Elephants and their diseases
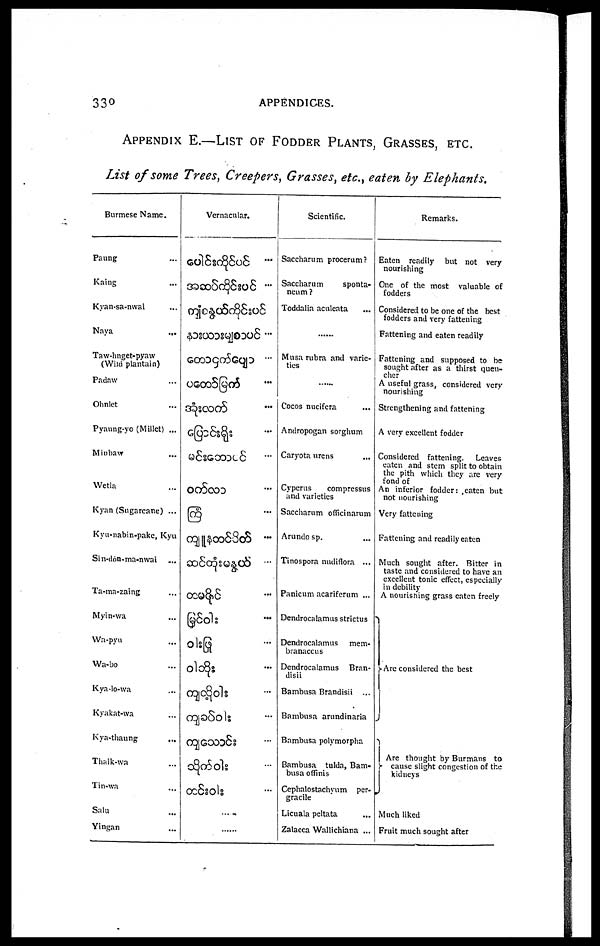
330
APPENDICES.
APPENDIX E.—LIST OF FODDER PLANTS, GRASSESS, ETC.
List of some Trees, Creepers, Grasses, etc., eaten by Elephants.
Burmese Name.
Panng
Kaing
Kyan-sa-nwai
Naya
...
Taw-hnget-pyaw
(Wild plantain)
Padaw
Ohnlet
Pyaung-yo (Millet) ...
Mitibavr
Wetla
Kyan (Sugarcane) ...
Kyu-nabin-pake, Kyu
Sin-dôn-ma-nwai
Ta-ma-zaing
Myin-wa
Wa-pyu
Wa-bo
Kya-lo-wa
Kyakat-wa
Kya-thaung
...
Thaik-wa
Tin-wa
Salu
Yingan
Vernacular.
......
Scientific.
Saccharum procerum?
Saccharum
sponta-
neum ?
Toddalia acnleata
Musa rubra and varie-
ties
Cocos nucifera
Andropogan sorghum
Caryota urens
...
Cyperus
compressus
and varieties
Saccharum officinarum
Arundo sp.
Tinospora nudiflora ...
Panicum acariferum ...
Dendrocalamus strictus
Dendrocalamus mem-
branaccns
Dendrocalamus Bran-
disii
Bambusa Brandisii ...
Bambusa arundinaria
Bambusa polymorpha
Bambusa tulda, Bam-
busa offinis
Cephalostachyum per-
gracile
Licuala peltata
Zalacca Wallichiana ...
Remarks.
Eaten readily but not very
nourishing
One of the most valuable of
fodders
Considered to be one of the best
fodders and very fattening
Fattening and eaten readily
Fattening and supposed to be
sought after as a thirst quen-
A useful grass, considered very
nourishing
Strengthening and fattening
A very excellent fodder
Considered fattening. Leaves
eaten and stem split to obtain
the pith which they are very
fond of
An inferior fodder: eaten but
not nourishing
Very fattening
Fattening and readily eaten
Much sought after. Bitter in
taste and considered to have an
excellent tonic effect, especially
in debility
A nourishing grass eaten freely
Are considered the best
Are thought by Burmans to
cause slight congestion of the
Kidneys
Much liked
Fruit much sought after